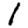
Digit: 1